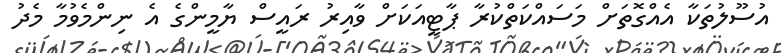
އުސޫލުތަކާ އެއްގޮތަށް މަސައްކަތްކުރާ ޕާޓީއަކަށް ވާއިރު ރައީސް ޔާމީންގެ އެ ނިންމެވުމާ މެދު